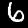
Label: 6